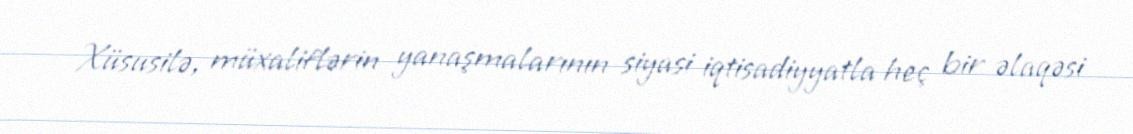
Xüsusilə, müxaliflərin yanaşmalarının siyasi iqtisadiyyatla heç bir əlaqəsi